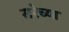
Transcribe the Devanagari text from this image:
सरेच्या